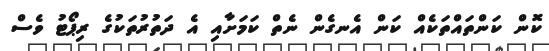
ކޮން ކަންތައްތަކެއް ކަން އެނގެން ނެތް ކަމަށާއި އެ ދަތުރުތަކުގެ ރިޕޯޓު ވެސް